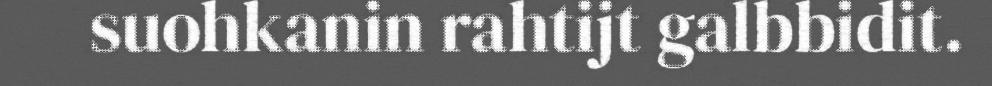
suohkanin rahtijt galbbidit.